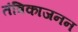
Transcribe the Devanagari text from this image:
तंत्रिकाजनन